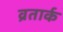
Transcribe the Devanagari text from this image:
व्रतार्क